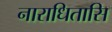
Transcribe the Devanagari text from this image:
नाराधितासि